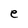
Character: e